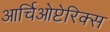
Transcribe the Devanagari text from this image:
आर्चिओप्टेरिक्स